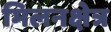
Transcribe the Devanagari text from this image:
मिलनक्षेत्र